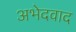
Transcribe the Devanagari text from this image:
अभेदवाद